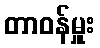
တာဝန်မှူး